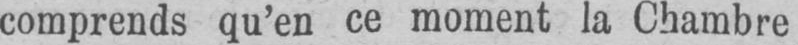
comprends qu’en ce moment la Chambre